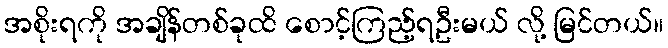
အစိုးရကို အချိန်တစ်ခုထိ စောင့်ကြည့်ရဦးမယ် လို့ မြင်တယ်။